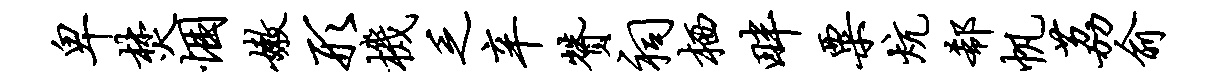
卑焚悃嫩形机乏辛赞祠栖畔粟炕欷帆荔俞